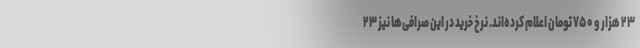
۲۳ هزار و ۷۵۰ تومان اعلام کرده‌اند. نرخ خرید در این صرافی‌ها نیز ۲۳